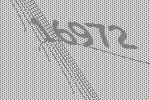
16972